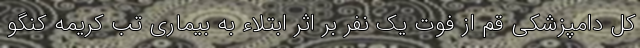
کل دامپزشکی قم از فوت یک نفر بر اثر ابتلاء به بیماری تب کریمه کنگو